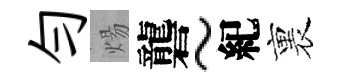
勻煬礱~紀裏